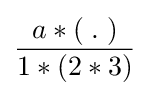
{\frac {a*(\;.\;)}{1*(2*3)}}